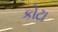
કોટા